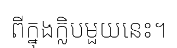
ពីក្នុងក្លិបមួយនេះ។